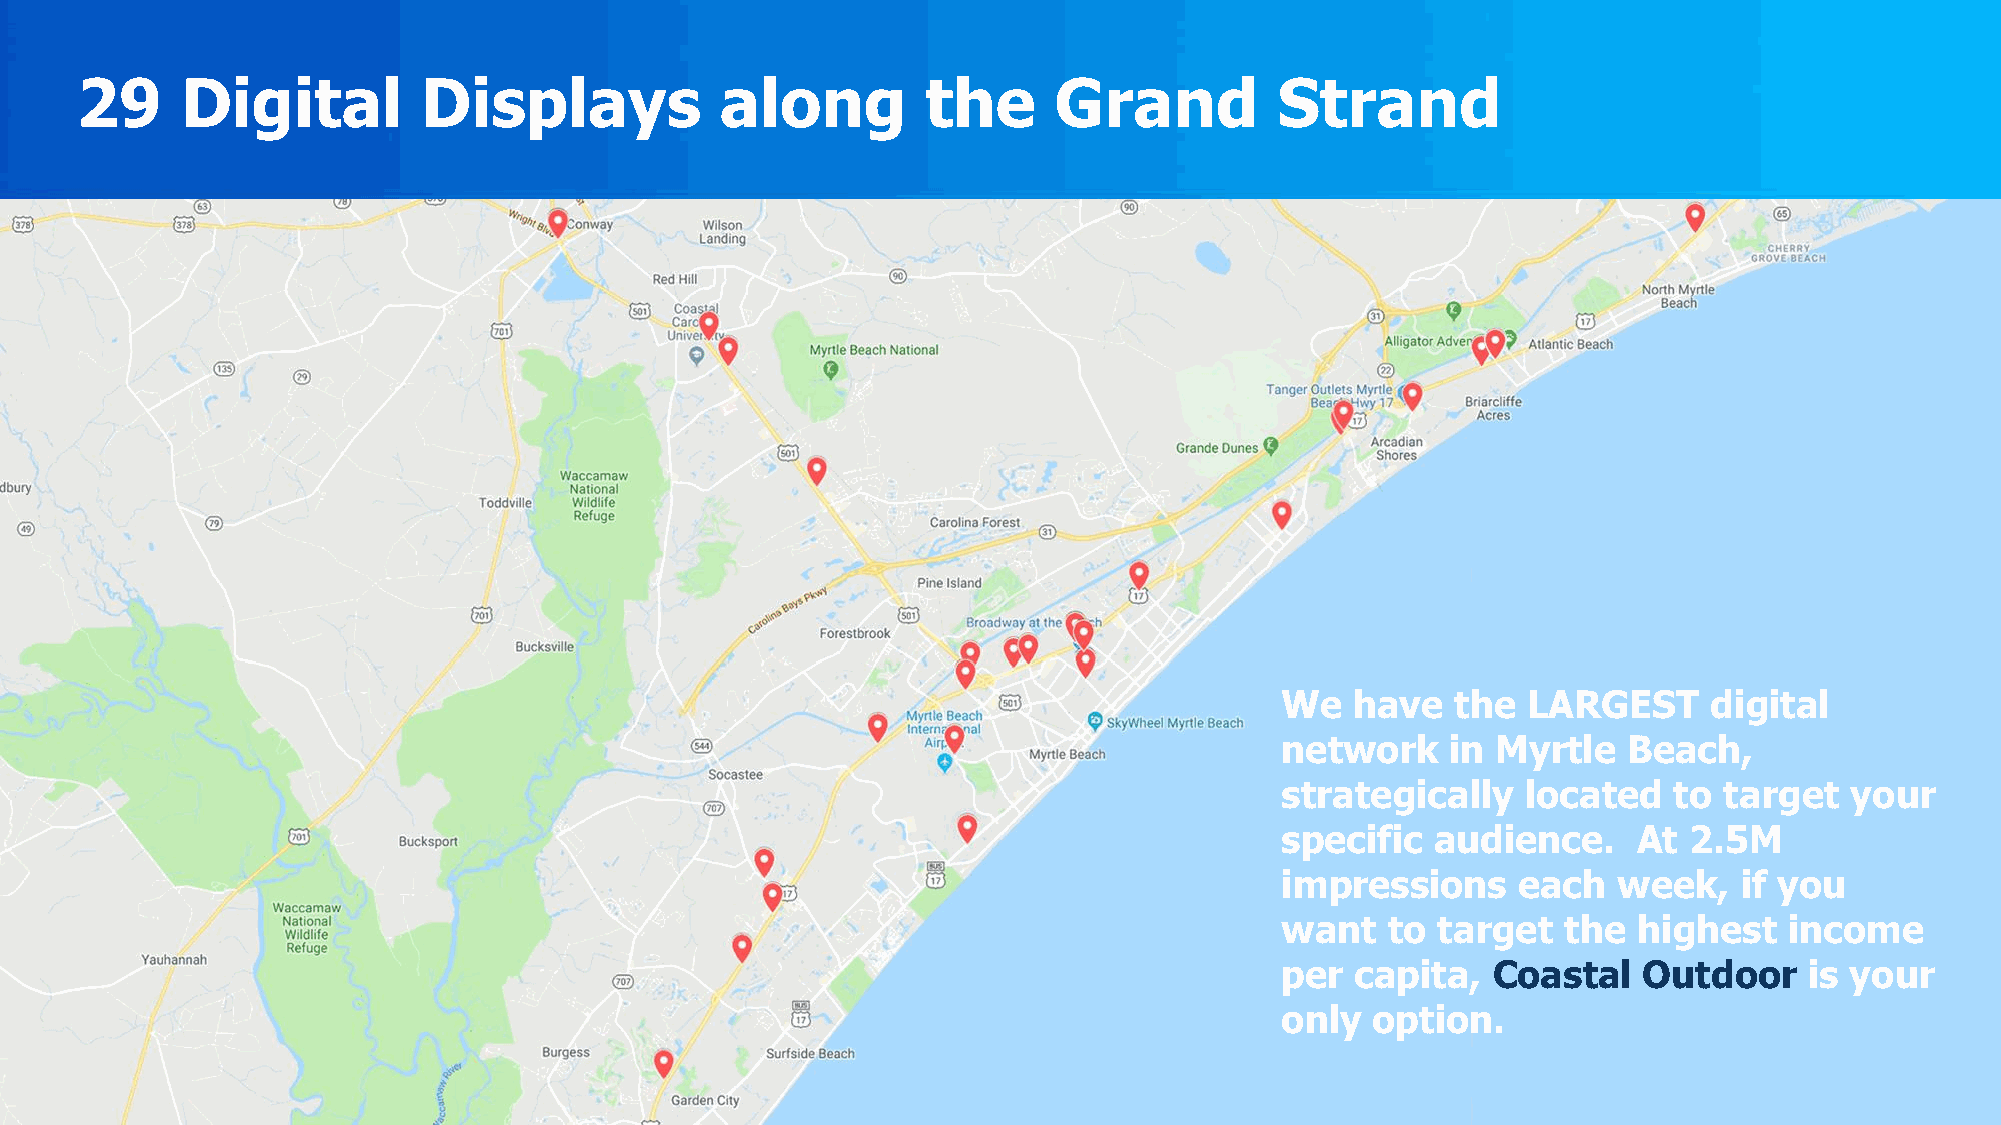
29     Digital         Displays            along        the      Grand          Strand
 We   have  the  LARGEST     digital
 network    in Myrtle   Beach,
 strategically   located   to target  your
 specific  audience.    At  2.5M
 impressions    each   week,   if you
 want   to target   the highest   income
 per  capita,  Coastal   Outdoor    is your
 only  option.